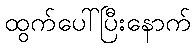
ထွက်ပေါ်ပြီးနောက်